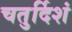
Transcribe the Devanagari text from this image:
चतुर्दिशं